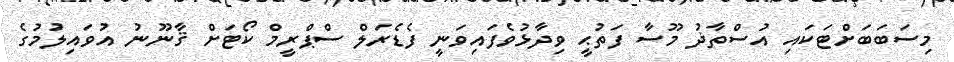
މިސަބަބަށްޓަކައި އުސްތާޛު މޫސާ ފަތުޙީ ވިދާޅުވެފައިވަނީ ފެޑެރަލް ސްޕްރީމް ކޯޓަށް ޤާނޫނު އުވައިލުމުގެ